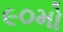
૯૦મો